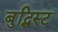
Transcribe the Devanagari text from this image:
बुद्धिस्ट